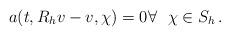
LaTeX: \begin{align*} a(t,R_h v-v, \chi)=0\forall~~ \chi\in S_h\,.\end{align*}